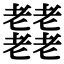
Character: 𦓋